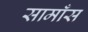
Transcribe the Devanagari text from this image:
सामाँस